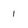
Character: 1